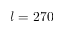
l = 2 7 0